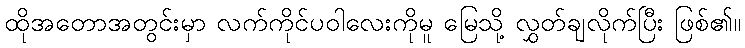
ထိုအတောအတွင်းမှာ လက်ကိုင်ပဝါလေးကိုမူ မြေသို့ လွှတ်ချလိုက်ပြီး ဖြစ်၏။